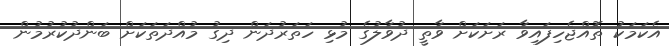
އެކަމަކު ތޮއްޖެހިފައިވާ ރަށަކަށް ވާތީ ދުވާލުގެ މުޅި ހަތަރުދަން ދިގު މުއްދަތަކަށް ބަންދުކުރުމުން